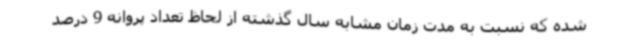
شده که نسبت به مدت زمان مشابه سال گذشته از لحاظ تعداد پروانه 9 درصد